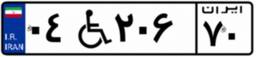
۸۱W۸۰۰۰۵